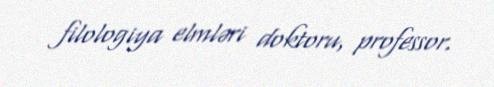
filologiya elmləri doktoru, professor.